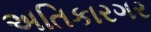
અતિકારગર